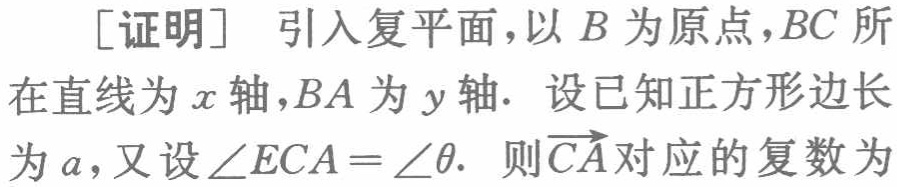
[证明] 引入复平面，以 \(B\) 为原点，\(BC\) 所在直线为 \(x\) 轴，\(BA\) 为 \(y\) 轴. 设已知正方形边长为 \(a\)，又设 \(\angle ECA = \angle\theta\). 则 \(\overrightarrow{CA}\) 对应的复数为